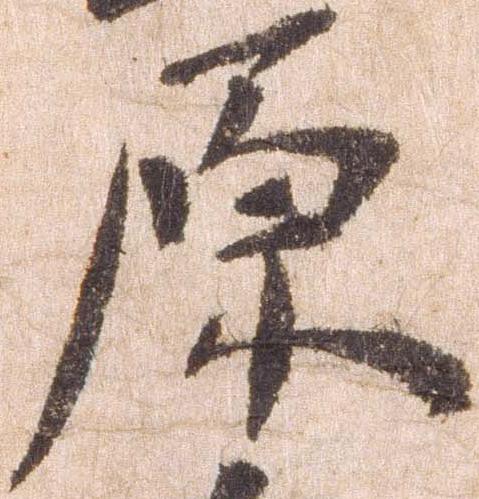
原